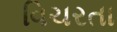
વિચરતા